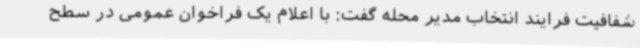
شفافیت فرایند انتخاب مدیر محله گفت: با اعلام یک فراخوان عمومی در سطح